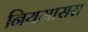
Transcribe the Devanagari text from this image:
नियमासरा